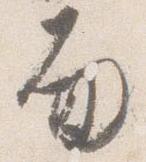
面